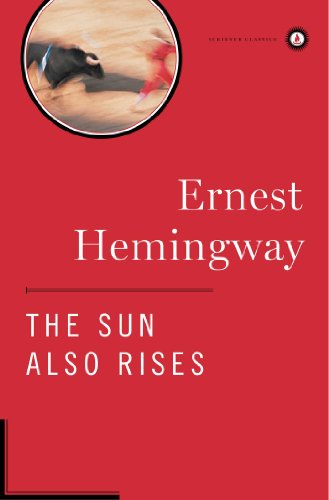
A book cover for The Sun Also Rises (Scribner Classics); Ernest Hemingway; Literature & Fiction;